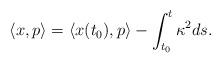
LaTeX: \begin{align*}\left<x,p\right> = \left<x(t_0),p\right> - \int_{t_0}^{t} \kappa^2 ds.\end{align*}